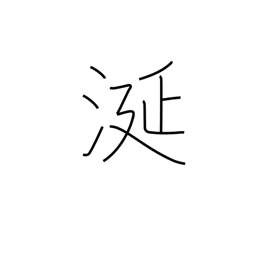
Meaning: slobber